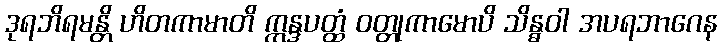
ဒုရဘိရမန္တိ ဟိတကာမာတိ ဣန္ဒပတ္ထံ ဝတ္တုကာမောပိ သိန္ဓဝါ အပရဘာဂေန